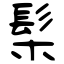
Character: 髤